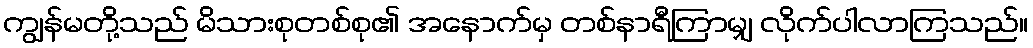
ကျွန်မတို့သည် မိသားစုတစ်စု၏ အနောက်မှ တစ်နာရီကြာမျှ လိုက်ပါလာကြသည်။